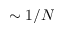
\sim 1 / N